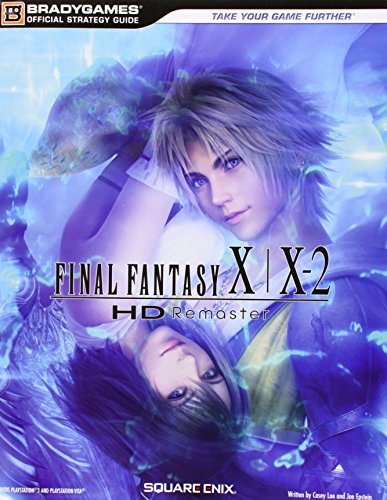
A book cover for Final Fantasy X-X2 HD Remaster Official Strategy Guide; BradyGames; Humor & Entertainment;